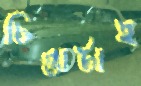
চিন্তাটাই